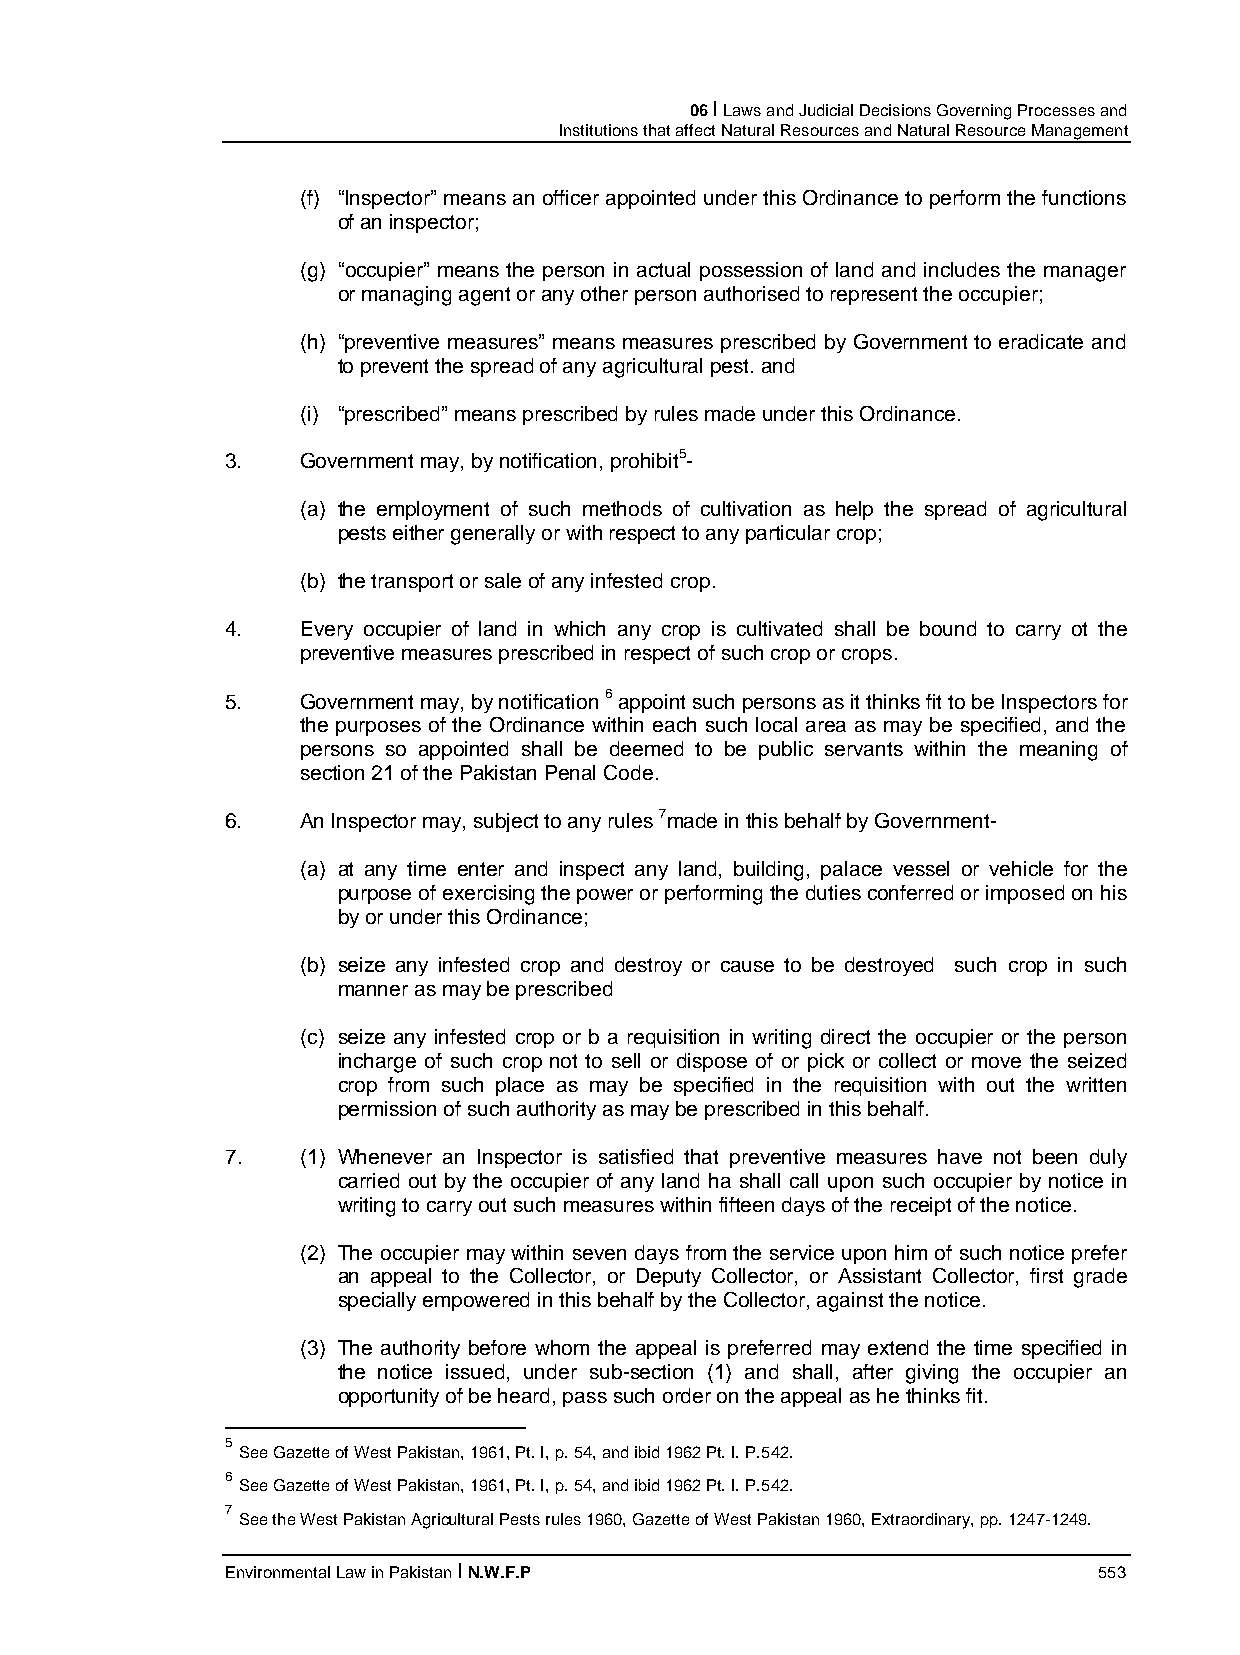
06 I Laws and Judicial Decisions Governing Processes and
 Institutions that affect Natural Resources and Natural Resource Management
 (f) “Inspector” means an officer appointed under this Ordinance to perform the functions
 of an inspector;
 (g) “occupier” means the person in actual possession of land and includes the manager
 or managing agent or any other person authorised to represent the occupier;
 (h) “preventive measures” means measures prescribed by Government to eradicate and
 to prevent the spread of any agricultural pest. and
 (i) “prescribed” means prescribed by rules made under this Ordinance.
 3.   Government may, by notification, prohibit5-
 (a) the employment of such methods of cultivation as help the spread of agricultural
 pests either generally or with respect to any particular crop;
 (b) the transport or sale of any infested crop.
 4.   Every occupier of land in which any crop is cultivated shall be bound to carry ot the
 preventive measures prescribed in respect of such crop or crops.
 5.   Government may, by notification 6 appoint such persons as it thinks fit to be Inspectors for
 the purposes of the Ordinance within each such local area as may be specified, and the
 persons so appointed shall be deemed to be public servants within the meaning of
 section 21 of the Pakistan Penal Code.
 6.   An Inspector may, subject to any rules 7made in this behalf by Government-
 (a) at any time enter and inspect any land, building, palace vessel or vehicle for the
 purpose of exercising the power or performing the duties conferred or imposed on his
 by or under this Ordinance;
 (b) seize any infested crop and destroy or cause to be destroyed such crop in such
 manner as may be prescribed
 (c) seize any infested crop or b a requisition in writing direct the occupier or the person
 incharge of such crop not to sell or dispose of or pick or collect or move the seized
 crop from such place as may be specified in the requisition with out the written
 permission of such authority as may be prescribed in this behalf.
 7.   (1) Whenever an Inspector is satisfied that preventive measures have not been duly
 carried out by the occupier of any land ha shall call upon such occupier by notice in
 writing to carry out such measures within fifteen days of the receipt of the notice.
 (2) The occupier may within seven days from the service upon him of such notice prefer
 an appeal to the Collector, or Deputy Collector, or Assistant Collector, first grade
 specially empowered in this behalf by the Collector, against the notice.
 (3) The authority before whom the appeal is preferred may extend the time specified in
 the notice issued, under sub-section (1) and shall, after giving the occupier an
 opportunity of be heard, pass such order on the appeal as he thinks fit.
 5
 See Gazette of West Pakistan, 1961, Pt. I, p. 54, and ibid 1962 Pt. I. P.542.
 6
 See Gazette of West Pakistan, 1961, Pt. I, p. 54, and ibid 1962 Pt. I. P.542.
 7
 See the West Pakistan Agricultural Pests rules 1960, Gazette of West Pakistan 1960, Extraordinary, pp. 1247-1249.
 Environmental Law in Pakistan I N.W.F.P                   553